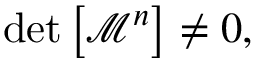
\operatorname * { d e t } \left[ \mathcal { M } ^ { n } \right] \neq 0 ,